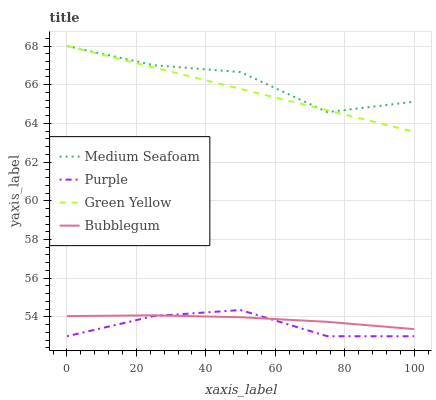
| xaxis_label | Medium Seafoam | Purple | Green Yellow | Bubblegum |
 | --- | --- | --- | --- | --- |
 | 0 | 68 | 53 | 68 | 54 |
 | 25 | 67 | 54 | 66.9 | 54.1 |
 | 50 | 66.7 | 54.4 | 65.8 | 54 |
 | 75 | 64.6 | 53 | 64.7 | 53.7 |
 | 100 | 65.1 | 53 | 63.6 | 53.4 |